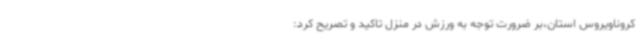
کروناویروس استان،بر ضرورت توجه به ورزش در منزل تاکید و تصریح کرد: